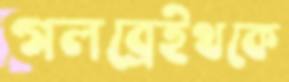
গলব্রেইথকে